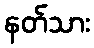
နတ်သား